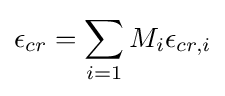
\epsilon _{cr}=\sum _{i=1}M_{i}\epsilon _{cr,i}